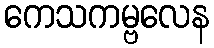
ကေသကမ္ဗလေန